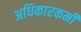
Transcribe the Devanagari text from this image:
अधिकारकर्मी